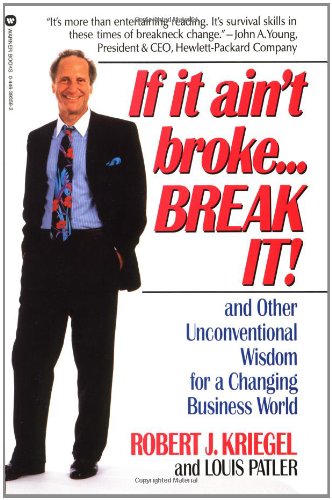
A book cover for If it Ain't Broke...Break It!: And Other Unconventional Wisdom for a Changing Business World; Robert J. Kriegel; Business & Money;